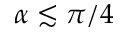
\alpha \lesssim \pi / 4